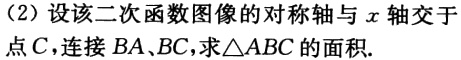
（2）设该二次函数图像的对称轴与\(x\)轴交于点\(C\)，连接\(BA\)、\(BC\)，求\(\triangle ABC\)的面积.